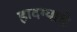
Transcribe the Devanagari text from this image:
हादग्याचे